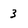
Character: 3